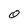
Character: 0